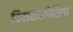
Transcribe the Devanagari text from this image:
दिवाळखोरिला